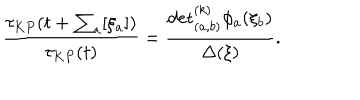
\frac { \tau _ { K P } ( t + \sum _ { a } [ \xi _ { a } ] ) } { \tau _ { K P } ( t ) } = \frac { { \det } _ { ( a , b ) } ^ { ( k ) } \phi _ { a } ( \xi _ { b } ) } { \Delta ( \xi ) } .